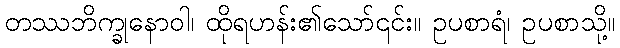
တဿဘိက္ခုနောဝါ၊ ထိုရဟန်း၏သော်၎င်း။ ဥပစာရံ၊ ဥပစာသို့။